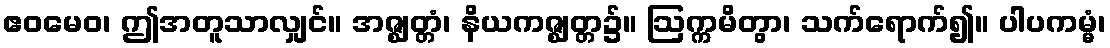
ဧဝမေဝ၊ ဤအတူသာလျှင်။ အဇ္ဈတ္တံ၊ နိယကဇ္ဈတ္တ၌။ ဩက္ကမိတွာ၊ သက်ရောက်၍။ ပါပကမ္မံ၊